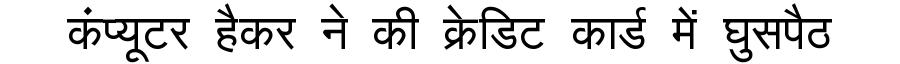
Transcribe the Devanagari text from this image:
कंप्यूटर हैकर ने की क्रेडिट कार्ड में घुसपैठ